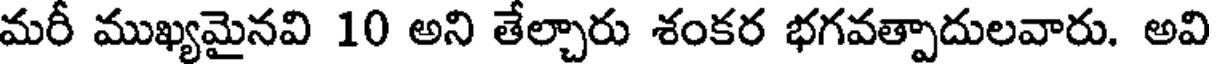
మరీ ముఖ్యమైనవి 10 అని తేల్చారు శంకర భగవత్పాదులవారు. అవి